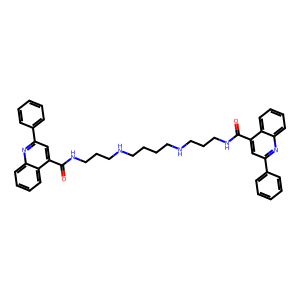
SMILES: O=C(NCCCNCCCCNCCCNC(=O)c1cc(-c2ccccc2)nc2ccccc12)c1cc(-c2ccccc2)nc2ccccc12
Inhibits HIV replication: No